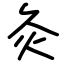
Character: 灸